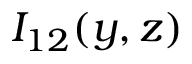
I _ { 1 2 } ( y , z )